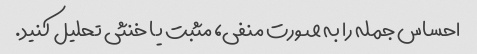
احساس جمله را به صورت منفی، مثبت یا خنثی تحلیل کنید.